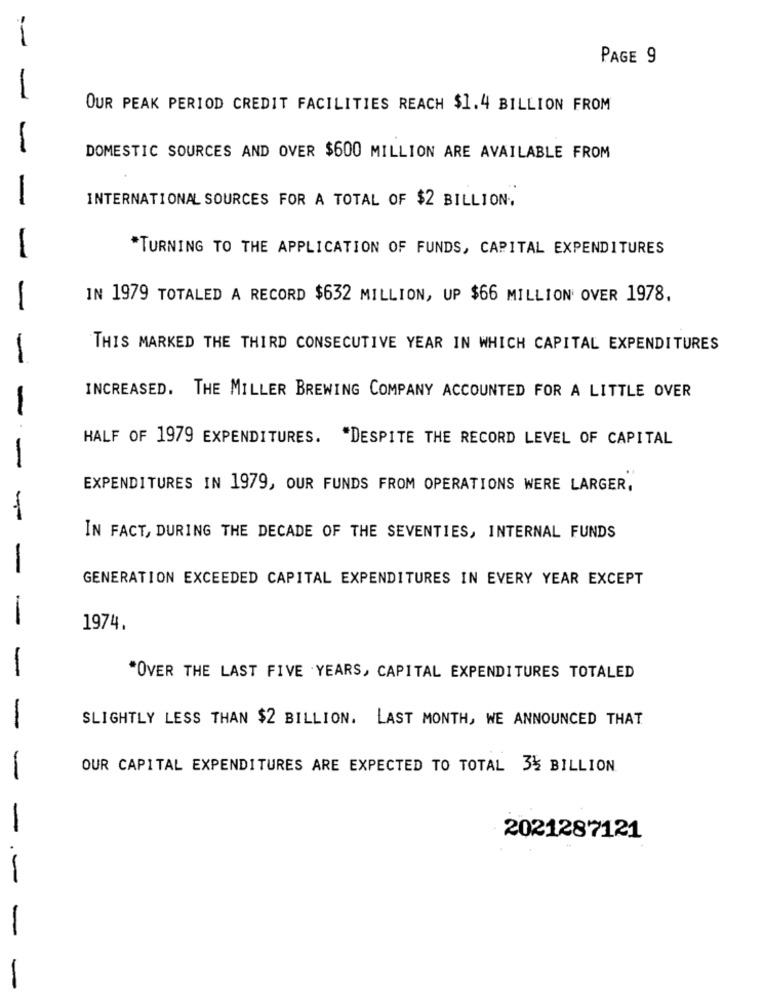
-
PAGE 9
OUR PEAK PERIOD CREDIT FACILITIES REACH $1.4 BILLION FROM
DOMESTIC SOURCES AND OVER $600 MILLION ARE AVAILABLE FROM
-
INTERNATIONAL SOURCES FOR A TOTAL OF $2 BILLION.
*TURNING TO THE APPLICATION OF FUNDS, CAPITAL EXPENDITURES
-
IN 1979 TOTALED A RECORD $632 MILLION, UP $66 MILLION OVER 1978,
THIS MARKED THE THIRD CONSECUTIVE YEAR IN WHICH CAPITAL EXPENDITURES
INCREASED. THE MILLER BREWING COMPANY ACCOUNTED FOR A LITTLE OVER
HALF OF 1979 EXPENDITURES. "DESPITE THE RECORD LEVEL OF CAPITAL
-
EXPENDITURES IN 1979, OUR FUNDS FROM OPERATIONS WERE LARGER,
-
IN FACT, DURING THE DECADE OF THE SEVENTIES, INTERNAL FUNDS
GENERATION EXCEEDED CAPITAL EXPENDITURES IN EVERY YEAR EXCEPT
1974.
-
"OVER THE LAST FIVE YEARS, CAPITAL EXPENDITURES TOTALED
SLIGHTLY LESS THAN $2 BILLION. LAST MONTH, WE ANNOUNCED THAT
-
OUR CAPITAL EXPENDITURES ARE EXPECTED TO TOTAL 35 BILLION
-
2021287121
-